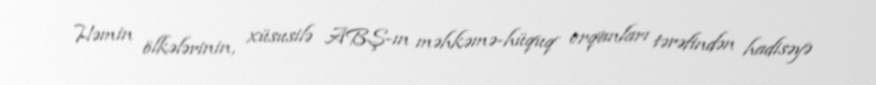
Həmin ölkələrinin, xüsusilə ABŞ-ın məhkəmə-hüquq orqanları tərəfindən hadisəyə